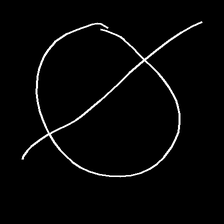
Glyph: orb